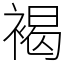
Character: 褐